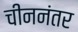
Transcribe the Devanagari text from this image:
चीननंतर